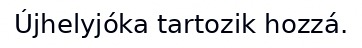
Újhelyjóka tartozik hozzá.